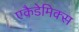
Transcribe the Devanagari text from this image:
एकैडेमिक्स